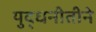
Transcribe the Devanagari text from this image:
युद्धनीतीने